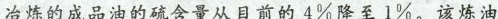
冶炼的成品油的硫含量从目前的4\%降至1\ %。该炼油